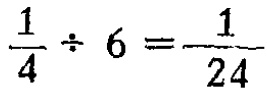
$\frac{1}{4} \div 6 = \frac{1}{24}$